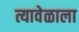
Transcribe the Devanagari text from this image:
त्यावेळाला